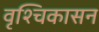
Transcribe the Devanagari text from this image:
वृश्चिकासन